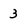
Character: 3